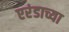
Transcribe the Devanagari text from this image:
एरंडाच्या